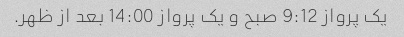
یک پرواز 9:12 صبح و یک پرواز 14:00 بعد از ظهر.